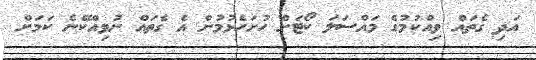
އަދި ގެތައް ވިއްކުމުގެ މައްސަލަ ކޯޓަށް ހުށަހެޅުމުން އެ ގެތައް ނުވިއްކޭނެ ކަމަށް